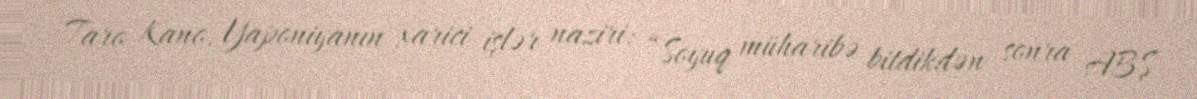
Taro Kano, Yaponiyanın xarici işlər naziri: “Soyuq müharibə bitdikdən sonra ABŞ